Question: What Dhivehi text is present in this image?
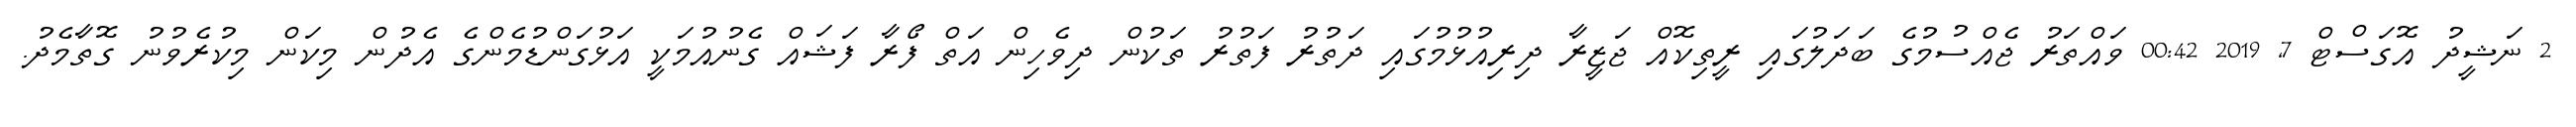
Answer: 2 ނަޝީދު އޮގަސްޓް 7, 2019 00:42 ވައްތަރު ޖެއްސުމުގެ ބަދަލުގައި ރީތިކޮއް ޖަޒީރާ ދިރިއުޅުމުގައި ދަތުރު ފަތުރު ތަކުން ދިވެހިން އަތް ފޯރާ ފަޝައް ގެނުއުމަކީ އަޅުގަންޑުމެންގެ އެދުން މިކަން މިކުރެވުނު ގޮތާމެދު.